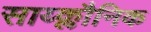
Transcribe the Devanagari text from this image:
साय्क्लौनिक